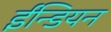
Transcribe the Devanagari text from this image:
ईन्डियन